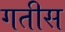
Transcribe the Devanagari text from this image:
गतीस